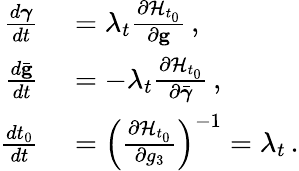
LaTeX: \begin{array}{rl}{\frac{d{\boldsymbol{\gamma}}}{dt}}&{{}=\lambda_{t}\frac{\partial{\cal H}_{t_{0}}}{\partial{\mathbf g}}\, ,}\\ {\frac{d\bar{\mathbf g}}{dt}}&{{}=-\lambda_{t}\frac{\partial{\cal H}_{t_{0}}}{\partial\bar{\boldsymbol{\gamma}}}\, ,}\\ {\frac{dt_{0}}{dt}}&{{}=\left(\frac{\partial{\cal H}_{t_{0}}}{\partial g_{3}}\right)^{-1}=\lambda_{t}\, .}\end{array}